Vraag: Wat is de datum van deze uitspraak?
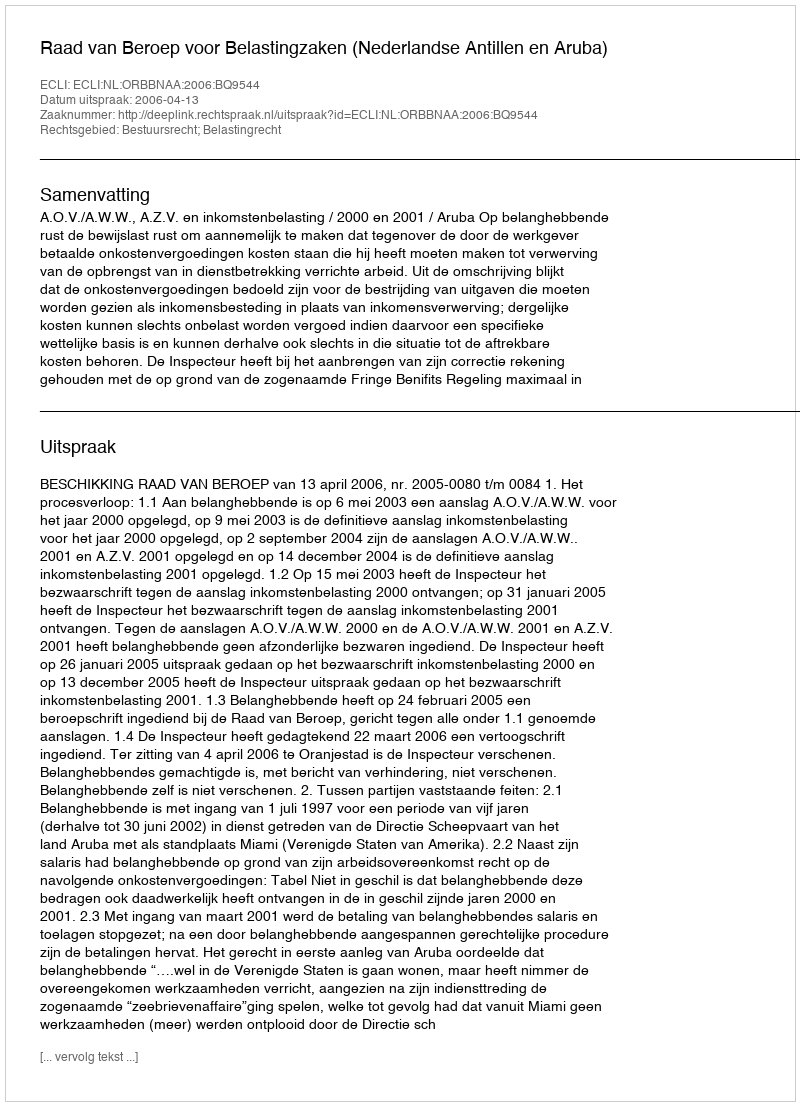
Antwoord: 2006-04-13